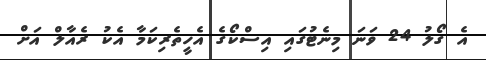
އެ ގޯލު 24 ވަނަ މިނެޓުގައި އިސްކޯގެ އެހީތެރިކަމާ އެކު ރެއާލް އަށް